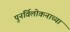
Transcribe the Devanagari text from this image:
पुनर्विलोकनाच्या